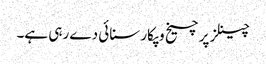
چینلز پر چیخ وپکار سنائی دے رہی ہے۔